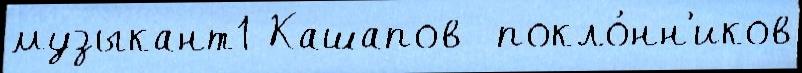
музыкант1 Кашапов  покло́нн'иков